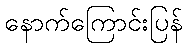
နောက်ကြောင်းပြန်